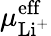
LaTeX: \mu_{\mathrm{Li^{+}}}^{\mathrm{eff}}